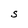
Character: S